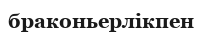
браконьерлікпен